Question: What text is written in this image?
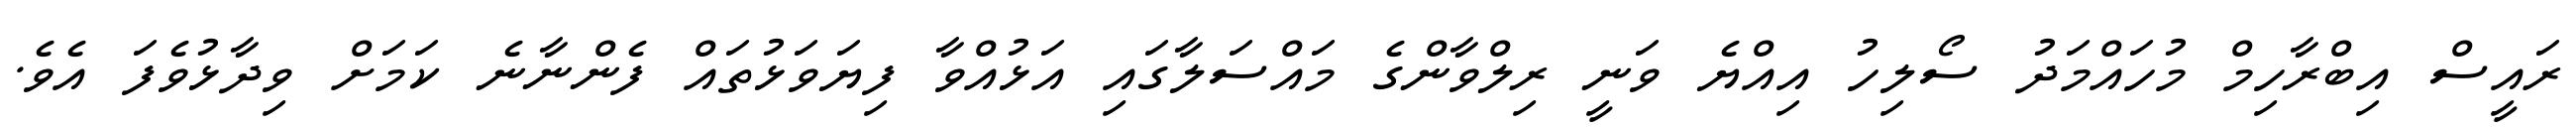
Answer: ރައީސް އިބްރާހިމް މުހައްމަދު ސޯލިހު އިއްޔެ ވަނީ ރިލްވާންގެ މައްސަލާގައި އަޅުއްވާ ފިޔަވަޅުތައް ފެންނާނެ ކަމަށް ވިދާޅުވެފަ އެވެ.